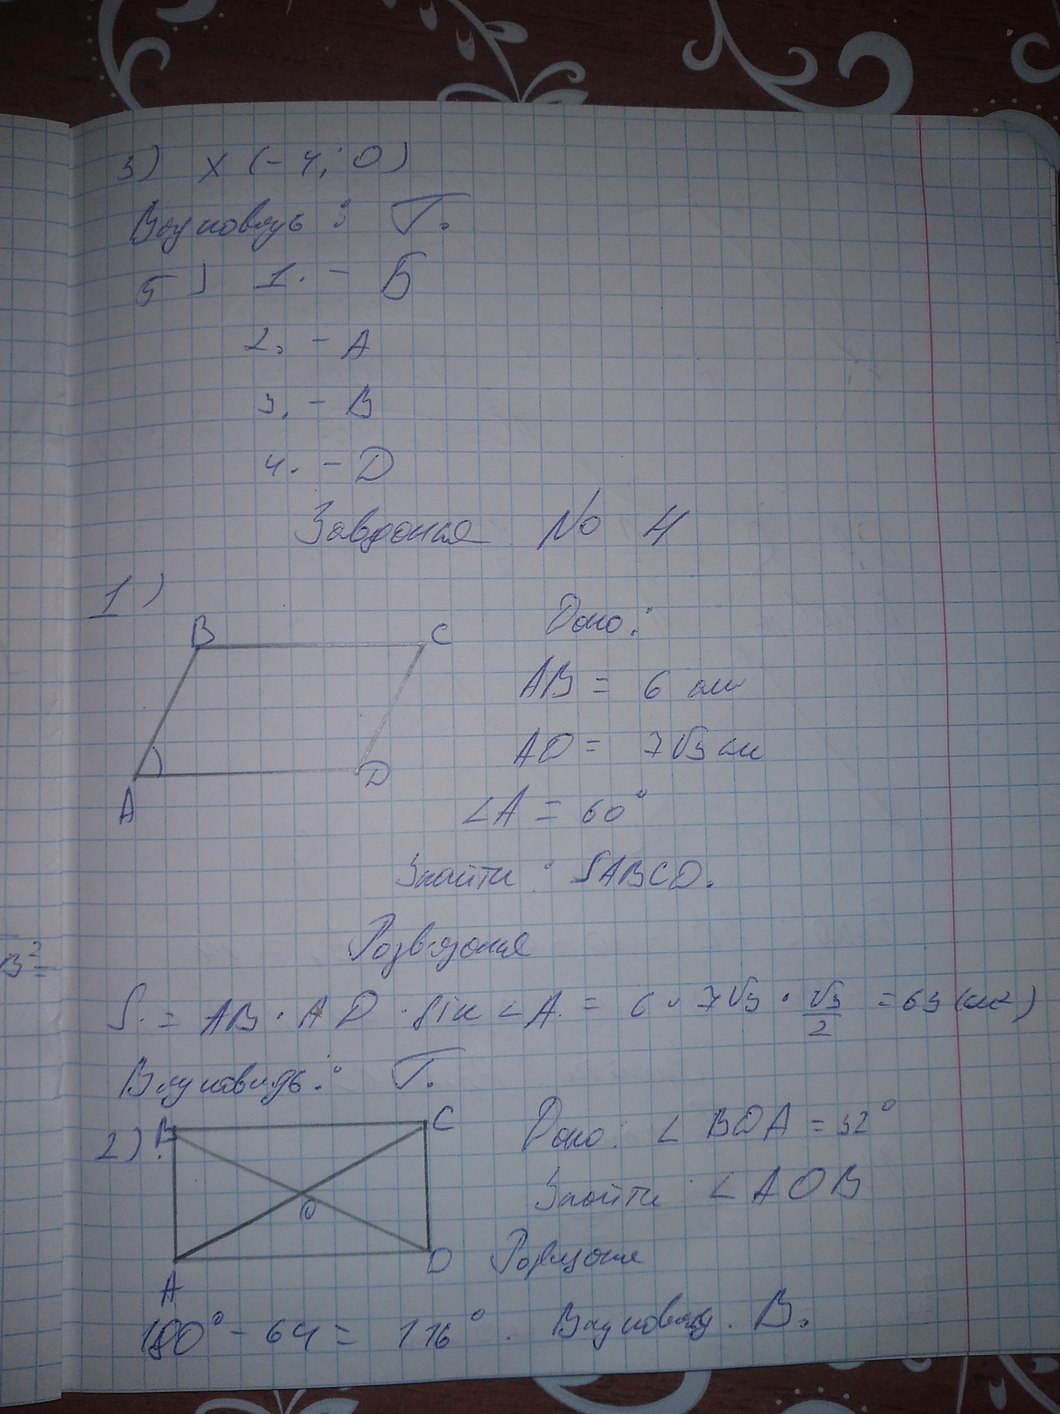
3) X (-4; 0)
Відповідь: Г.
5) 1. - Б
2. -A
3. - В
4. - Д
Завдання № 4
1)
Дано:
AB = 6 см
AD = 7\sqrt{3} см
∠A = 60°
Знайти : SABCD.
Розв'язання
S = AB * AD  * \sin \angle A = 6 \cdot 7\sqrt{3} * \frac{\sqrt{3}}{2} = 63 (cm^2)
Відповідь: Г.
Дано: ∠ BOA = 52°
2)
Snoire ∠AOB
Розв'язання
Відповідь: В.
180° - 64 = 116°